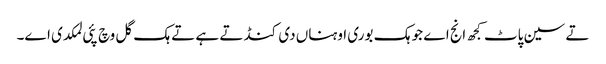
تے سین پاٹ کجھ انج اے جو ہک بوری اوہناں دی کنڈ تے ہے تے ہک گل وچ پئی لمکدی اے۔